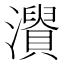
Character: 𤃘